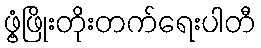
ဖွံ့ဖြိုးတိုးတက်ရေးပါတီ